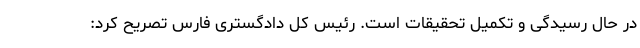
در حال رسیدگی و تکمیل تحقیقات است. رئیس کل دادگستری فارس تصریح کرد: